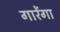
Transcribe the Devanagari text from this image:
गारेंगा